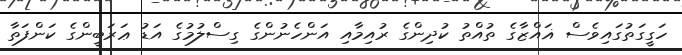
ހަގީގަތުގައިވެސް ޣައްޒާގެ ތުއްތު ކުދިންގެ ރުއިމާއި އަންހެނުންގެ ގިސްލުމުގެ އަޑު ޢަރަބީންގެ ކަންފަތާ